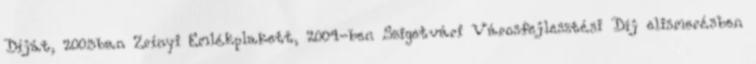
Díját, 2003ban Zrínyi Emlékplakett, 2004-ben Szigetvári Városfejlesztési Díj elismerésben